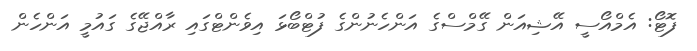
ފޮޓޯ: އެމްއޯސީ އޭޝިއަން ގޭމްސްގެ އަންހެނުންގެ ފުޓްބޯޅަ އިވެންޓްގައި ރާއްޖޭގެ ގައުމީ އަންހެން